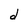
Character: d